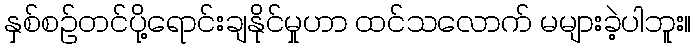
နှစ်စဉ်တင်ပို့ရောင်းချနိုင်မှုဟာ ထင်သလောက် မများခဲ့ပါဘူး။